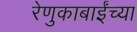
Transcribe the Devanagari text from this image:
रेणुकाबाईंच्या